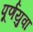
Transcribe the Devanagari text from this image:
पूर्णयुवा